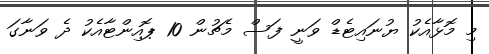
މި މޮޅާއެކު ޔުނައިޓެޑް ވަނީ ފަސް މެޗުން 10 ޕޮއިންޓާއެކު ދެ ވަނާގަ